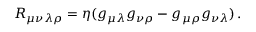
R _ { \mu \nu \lambda \rho } = \eta ( g _ { \mu \lambda } g _ { \nu \rho } - g _ { \mu \rho } g _ { \nu \lambda } ) \, .